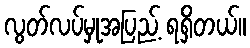
လွတ်လပ်မှုအပြည့် ရရှိတယ်။